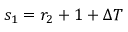
s _ { 1 } = r _ { 2 } + 1 + { \Delta T }